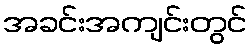
အခင်းအကျင်းတွင်